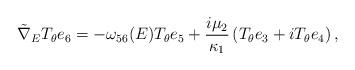
LaTeX: \begin{align*}\tilde{\nabla}_ET_{\theta}e_6=-\omega_{56}(E)T_{\theta}e_5+\frac{i\mu_2}{\kappa_1}\left(T_{\theta}e_3+iT_{\theta}e_4\right),\end{align*}